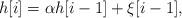
LaTeX: \begin{align*}h[i] = \alpha h[i-1] + \xi[i-1], \end{align*}